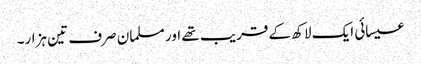
عیسائی ایک لاکھ کے قریب تھے اور مسلمان صرف تین ہزار۔